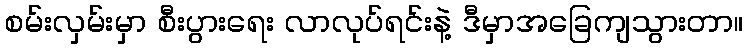
စမ်းလှမ်းမှာ စီးပွားရေး လာလုပ်ရင်းနဲ့ ဒီမှာအခြေကျသွားတာ။